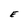
Character: E